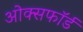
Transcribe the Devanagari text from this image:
ओक्सफॉर्ड